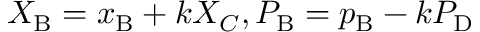
X _ { \mathrm { B } } = x _ { \mathrm { B } } + k X _ { C } , P _ { \mathrm { B } } = p _ { \mathrm { B } } - k P _ { \mathrm { D } }